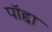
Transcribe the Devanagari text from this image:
पॉद्दा